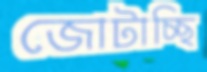
জোটাচ্ছি